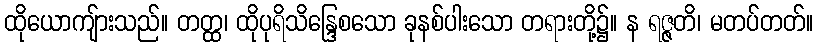
ထိုယောကျ်ားသည်။ တတ္ထ၊ ထိုပုရိသိန္ဒြေစသော ခုနစ်ပါးသော တရားတို့၌။ န ရဇ္ဇတိ၊ မတပ်တတ်။